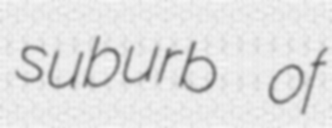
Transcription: suburb of